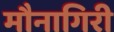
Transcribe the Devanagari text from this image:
मौनागिरी